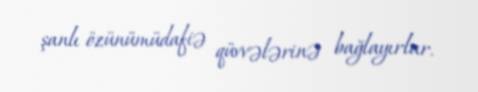
şanlı özünümüdafiə qüvvələrinə bağlayırlar.